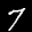
Label: 7